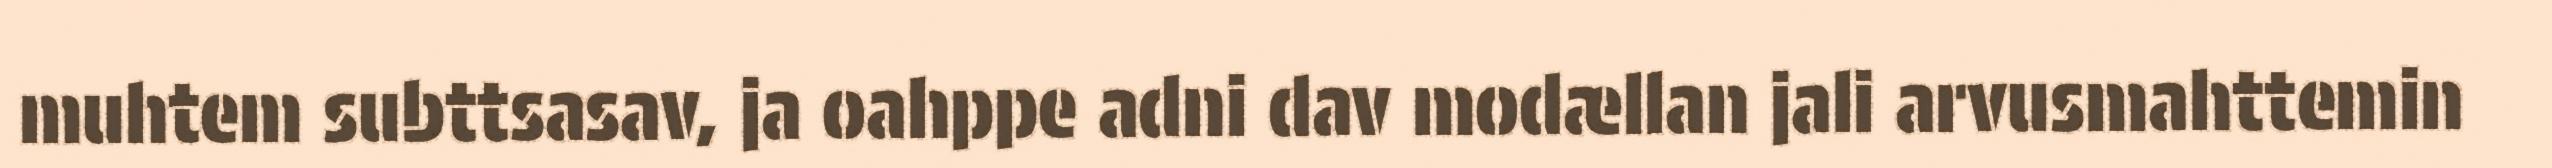
muhtem subttsasav, ja oahppe adni dav modællan jali arvusmahttemin